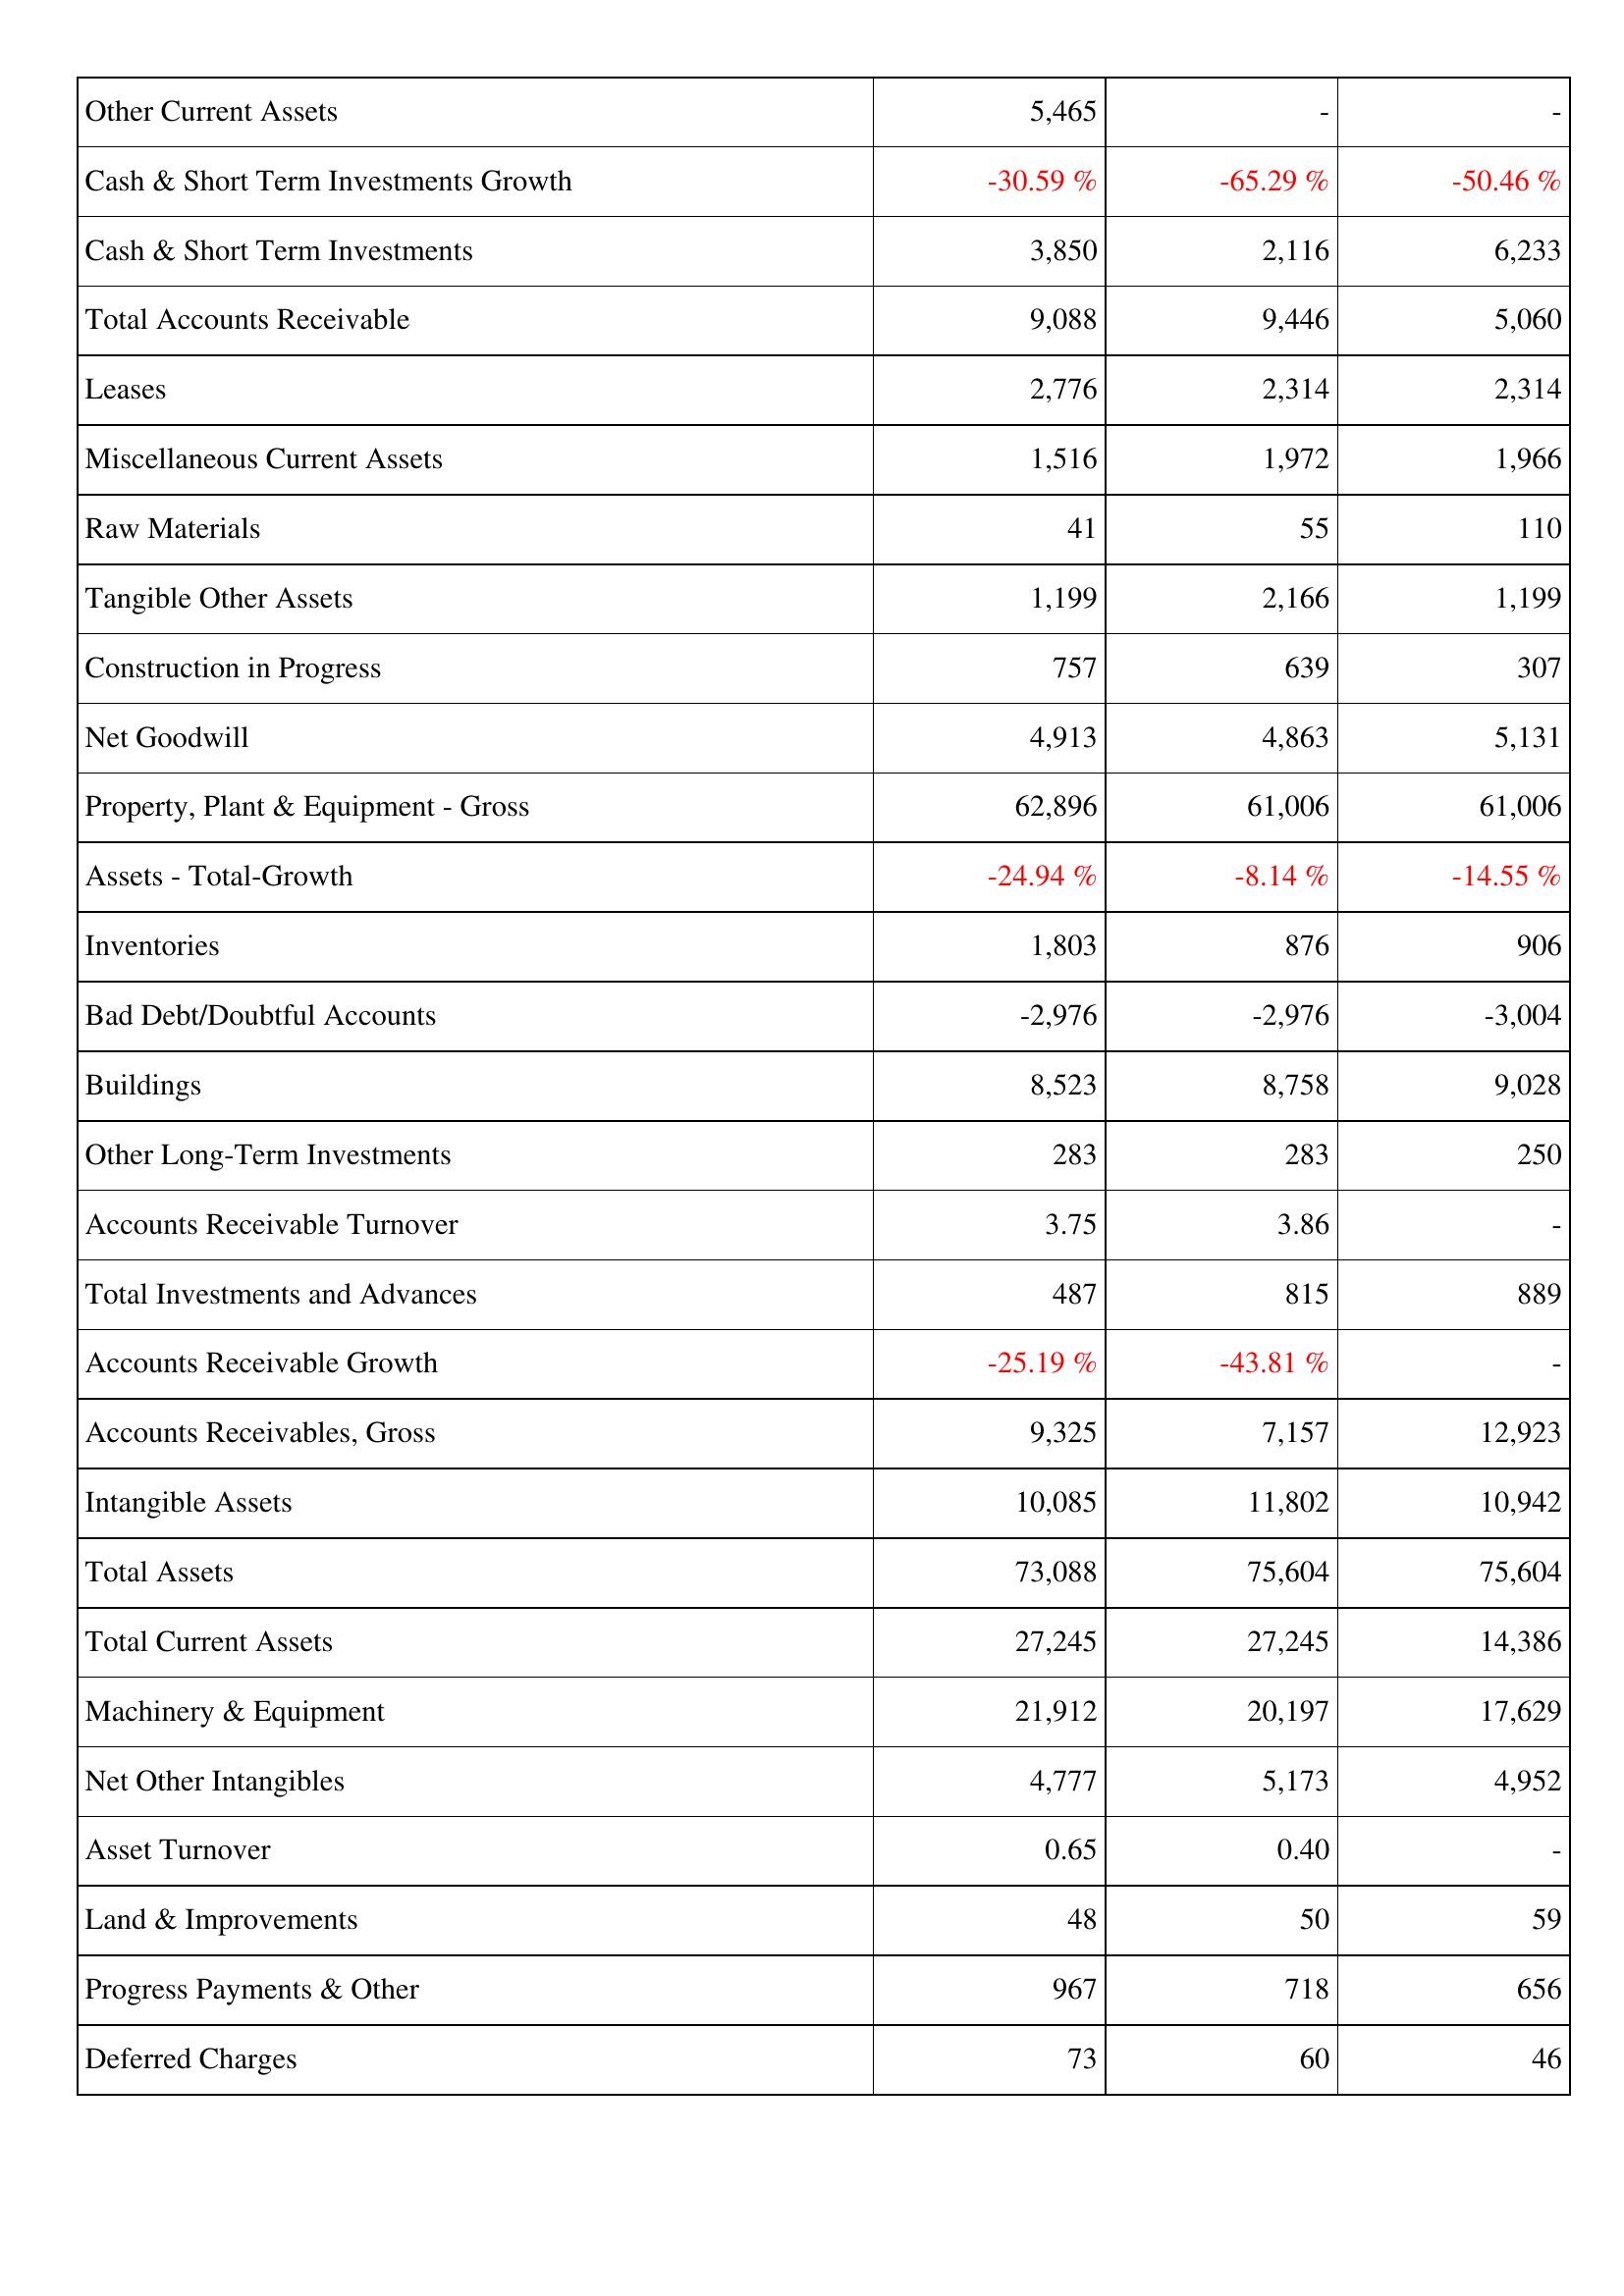
2017: Assets: Other Current Assets: 5,465
Cash & Short Term Investments Growth: -30.59 %
Cash & Short Term Investments: 3,850
Total Accounts Receivable: 9,088
Leases: 2,776
Miscellaneous Current Assets: 1,516
Raw Materials: 41
Tangible Other Assets: 1,199
Construction in Progress: 757
Net Goodwill: 4,913
Property, Plant & Equipment - Gross: 62,896
Assets - Total-Growth: -24.94 %
Inventories: 1,803
Bad Debt/Doubtful Accounts: -2,976
Buildings: 8,523
Other Long-Term Investments: 283
Accounts Receivable Turnover: 3.75
Total Investments and Advances: 487
Accounts Receivable Growth: -25.19 %
Accounts Receivables, Gross: 9,325
Intangible Assets: 10,085
Total Assets: 73,088
Total Current Assets: 27,245
Machinery & Equipment: 21,912
Net Other Intangibles: 4,777
Asset Turnover: 0.65
Land & Improvements: 48
Progress Payments & Other: 967
Deferred Charges: 73
2018: Assets: Other Current Assets: -
Cash & Short Term Investments Growth: -65.29 %
Cash & Short Term Investments: 2,116
Total Accounts Receivable: 9,446
Leases: 2,314
Miscellaneous Current Assets: 1,972
Raw Materials: 55
Tangible Other Assets: 2,166
Construction in Progress: 639
Net Goodwill: 4,863
Property, Plant & Equipment - Gross: 61,006
Assets - Total-Growth: -8.14 %
Inventories: 876
Bad Debt/Doubtful Accounts: -2,976
Buildings: 8,758
Other Long-Term Investments: 283
Accounts Receivable Turnover: 3.86
Total Investments and Advances: 815
Accounts Receivable Growth: -43.81 %
Accounts Receivables, Gross: 7,157
Intangible Assets: 11,802
Total Assets: 75,604
Total Current Assets: 27,245
Machinery & Equipment: 20,197
Net Other Intangibles: 5,173
Asset Turnover: 0.40
Land & Improvements: 50
Progress Payments & Other: 718
Deferred Charges: 60
2019: Assets: Other Current Assets: -
Cash & Short Term Investments Growth: -50.46 %
Cash & Short Term Investments: 6,233
Total Accounts Receivable: 5,060
Leases: 2,314
Miscellaneous Current Assets: 1,966
Raw Materials: 110
Tangible Other Assets: 1,199
Construction in Progress: 307
Net Goodwill: 5,131
Property, Plant & Equipment - Gross: 61,006
Assets - Total-Growth: -14.55 %
Inventories: 906
Bad Debt/Doubtful Accounts: -3,004
Buildings: 9,028
Other Long-Term Investments: 250
Accounts Receivable Turnover: -
Total Investments and Advances: 889
Accounts Receivable Growth: -
Accounts Receivables, Gross: 12,923
Intangible Assets: 10,942
Total Assets: 75,604
Total Current Assets: 14,386
Machinery & Equipment: 17,629
Net Other Intangibles: 4,952
Asset Turnover: -
Land & Improvements: 59
Progress Payments & Other: 656
Deferred Charges: 46